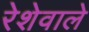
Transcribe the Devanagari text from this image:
रेशेवाले